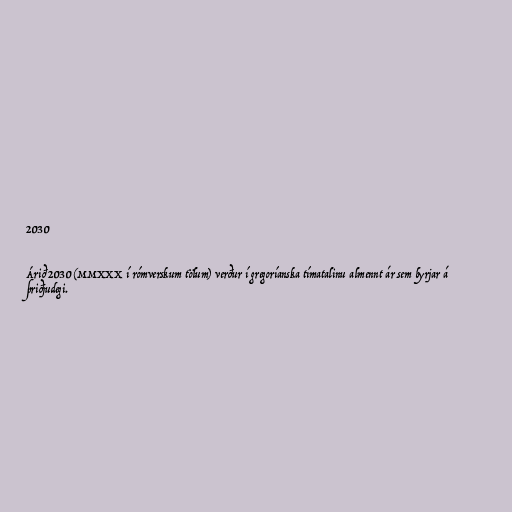
2030

Árið 2030 (MMXXX í rómverskum tölum) verður í gregoríanska tímatalinu almennt ár sem byrjar á
þriðjudegi.